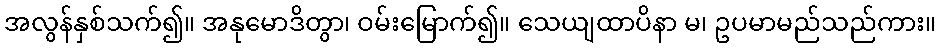
အလွန်နှစ်သက်၍။ အနုမောဒိတွာ၊ ဝမ်းမြောက်၍။ သေယျထာပိနာ မ၊ ဥပမာမည်သည်ကား။